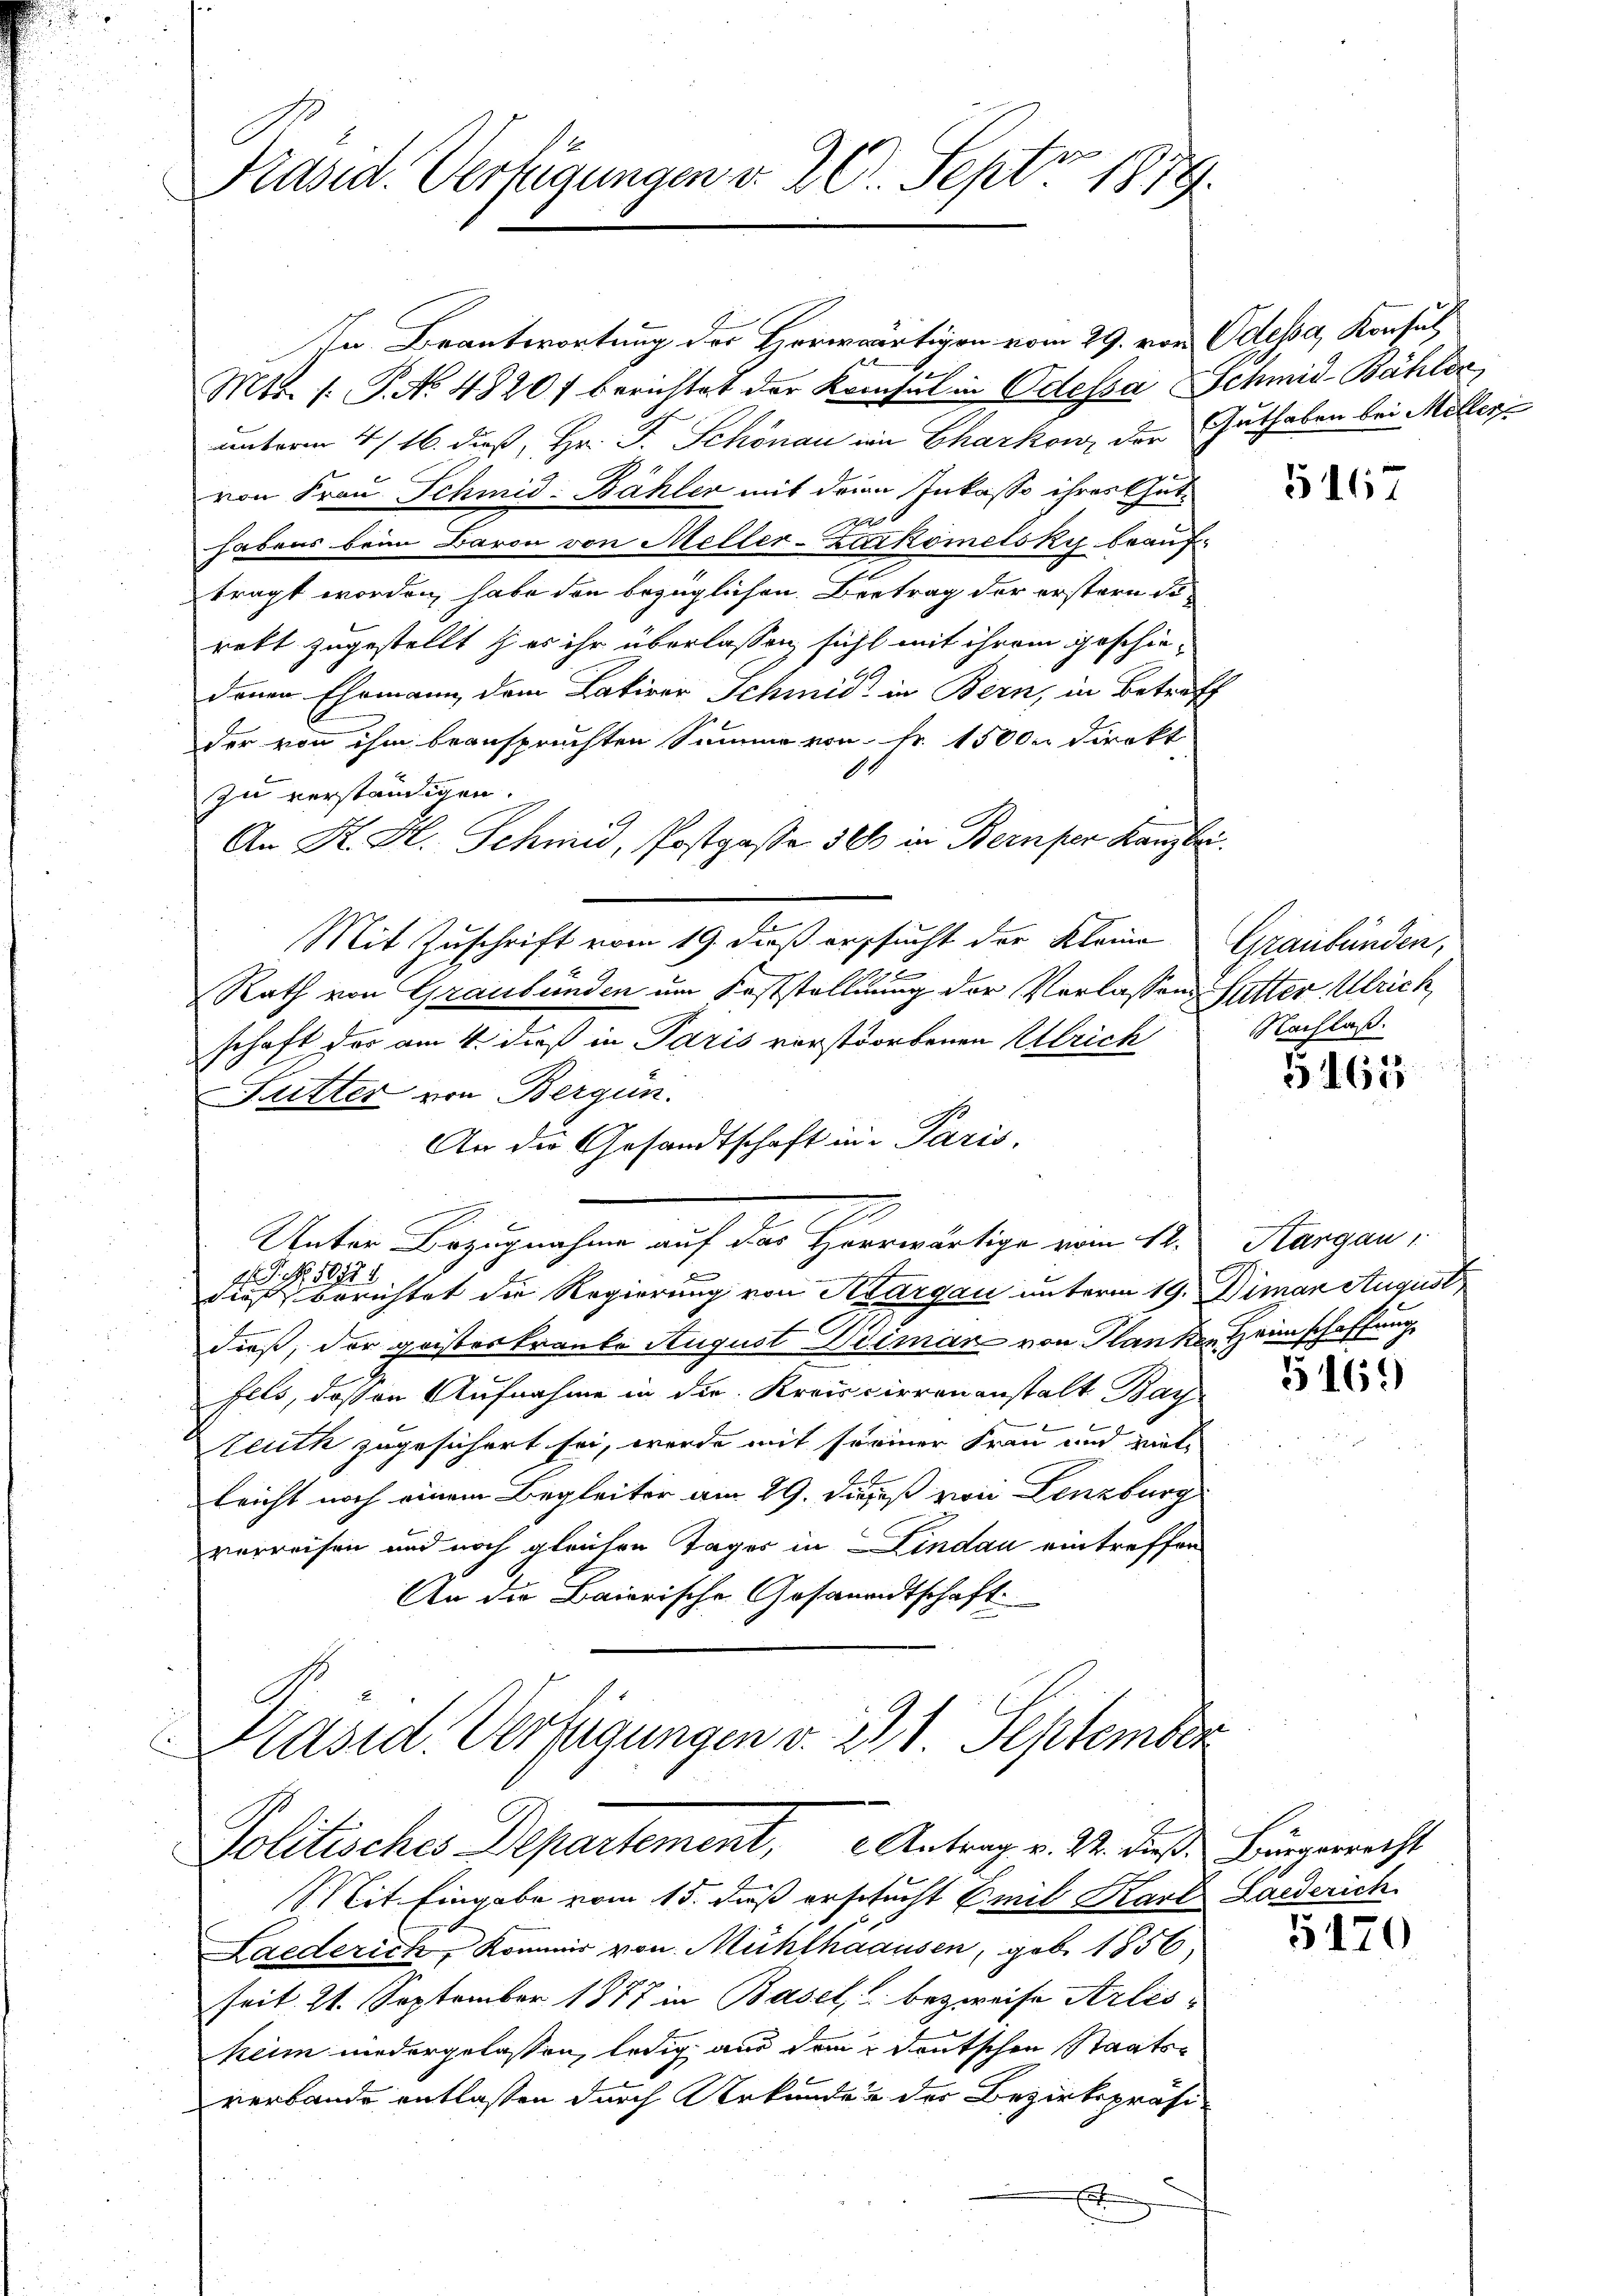
Präsid. Verfügungen v. 26. Sept. 1879.

In Beantwortung des Horwärtigen vom 29. von Odessa, Konsul
Mtt. s. P. No. 4820) berichtet der Konsul in Odessa Schmid-Bähler
unterm 4/16. daß Hr. F. Schönau in Charkow, der Guthaben bei Mellervon Frau Schmid-Bähler mit dein Inkasso ihres Gut¬
1
habens beim Baron von Meller-Zarkometsky beauftragt worden habe den bezüglichen Betrag der erstern Se
rett zugestellt & es ihr überlassen sicht mit ihrem geschiedenen Ehemann dem Lakirer Schmid in Bern, in Betreff
der von ihm beanspruchten Summe von Fr. 1500. Direkt
1
zu verständigen.
An K. H. Schmid, Postgasse 300 in Bernper Kanzlei.
Mit Zuschrift vom 19. dieß ersucht der Kleine Graubünden,
Rath von Graubünden um Feststellung der Verlassen Futter Ulrich
schaft das am 4. daß in Paris verstorbenen Ulrich Nachlaß
Sutter von Bergün
An die Gesandtschaft in Paris,
Unter Bezugnahme auf das Heerwärtige vom 12. Aargau,
A
2 P. R. 1087.
dies berichtet die Regierung von Aargau unterm 19. Dimen August
dieß, der geisteskranke August Weimar von Planken Heimschaffung
fels, daß an Aufnahme in die Kreiscirrenanstalt Bar
euth zugesichert sei, werde mit seiner Frau und gutlricht noch einem Begleiter am 29. Dezeß von Lenzburg
verreisen und noch gleichen Tages in Lindau eintreffen
An die Baierische Gesandtschaft
Präsid. Verfügungen v. 21 September
u

Politisches Departement, 2. Antrag v. M. dieß Bürgericht

Mit Eingabe vom 15. daß erschucht Emil Karl Laiderich
Laederich, Kommer von Mühlhaausen, geb. 1856
seit 21. September 1877 in Basel, bezweife Arles
keim niedergelassen, ledig aus dem deutschen Staatsverbande entlassen durch Urkunden der Bezirkspräsi-
E

5167

5167

5169)

5120